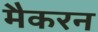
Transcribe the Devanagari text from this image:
मैकरन